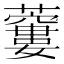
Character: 𧂜